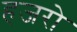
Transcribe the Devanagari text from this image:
हजरो